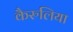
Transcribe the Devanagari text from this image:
कैरुलिया